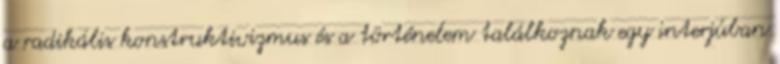
a radikális konstruktivizmus és a történelem találkoznak egy interjúban